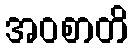
အဝစာတိ